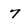
Character: 7